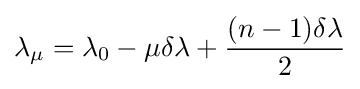
\lambda _{\mu }=\lambda _{0}-\mu \delta \lambda +{\frac {(n-1)\delta \lambda }{2}}